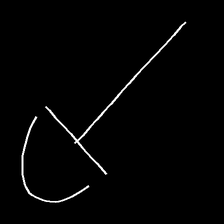
Glyph: dispersion